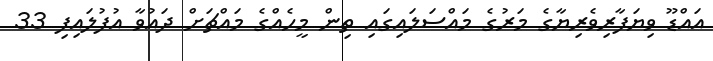
އައްޑޫ ވިޔަފާރިވެރިޔާގެ މަރުގެ މައްސަލައިގައި ތިން މީހެއްގެ މައްޗަށް ދައުވާ އުފުލައިފި 33